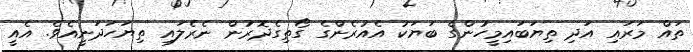
ތައް މަރައި އަދި ތިޔަބައިމީހުންގެ ބަޔަކު އެއުރެންގެ ގޯތިގެދޮރުން ނެރެލައި ތިޔަހަދަނީއެވެ. އެއީ